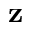
\mathbf { z }